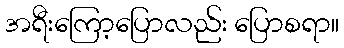
အရီးကြော့ပြောလည်း ပြောစရာ။